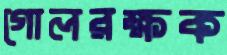
গোলরক্ষক